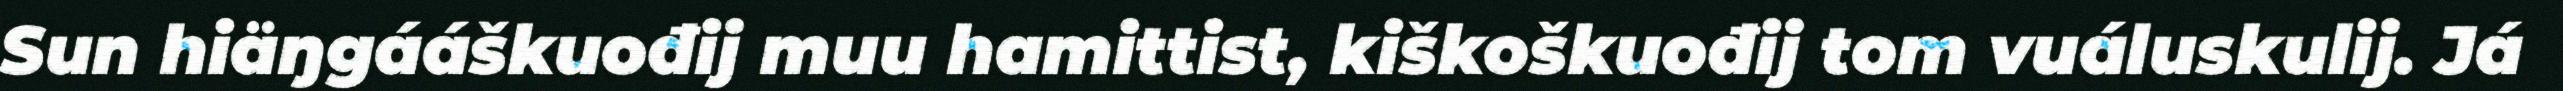
Sun hiäŋgááškuođij muu hamittist, kiškoškuođij tom vuáluskulij. Já